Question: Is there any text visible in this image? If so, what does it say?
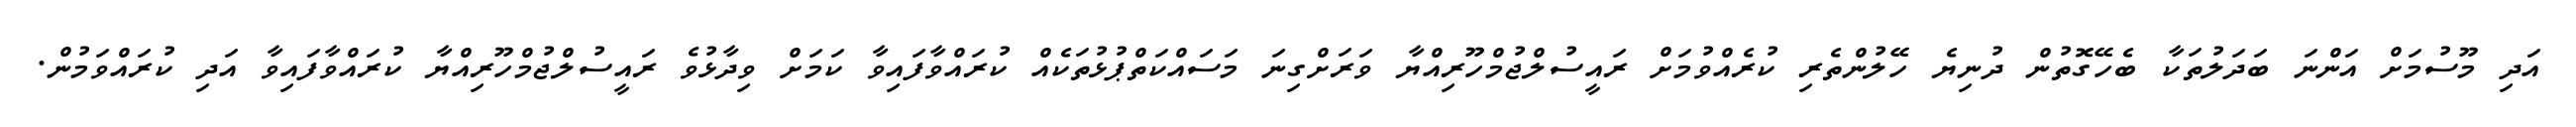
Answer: އަދި މޫސުމަށް އަންނަ ބަދަލުތަކާ ބެހޭގޮތުން ދުނިޔެ ހޭލުންތެރި ކުރެއްވުމަށް ރައީސުލްޖުމްހޫރިއްޔާ ވަރަށްގިނަ މަސައްކަތްޕުޅުތަކެއް ކުރައްވާފައިވާ ކަމަށް ވިދާޅުވެ ރައީސުލްޖުމްހޫރިއްޔާ ކުރައްވާފައިވާ އަދި ކުރައްވަމުން.